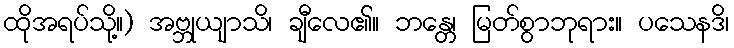
ထိုအရပ်သို့။) အဗ္ဘုယျာသိ၊ ချီလေ၏။ ဘန္တေ၊ မြတ်စွာဘုရား။ ပသေနဒိ၊